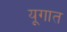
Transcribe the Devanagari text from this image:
यूगात